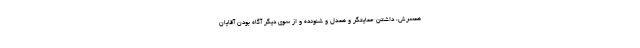
همسرش، داشتن حمایتگر و همدل و شنونده و از سوی دیگر آگاه بودن آقایان